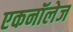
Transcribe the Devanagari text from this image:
एकनॉलेज